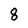
Character: 8